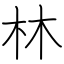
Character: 林